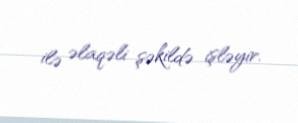
ilə əlaqəli şəkildə işləyir.